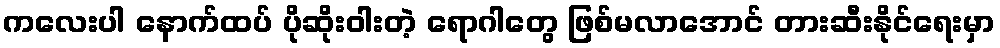
ကလေးပါ နောက်ထပ် ပိုဆိုးဝါးတဲ့ ရောဂါတွေ ဖြစ်မလာအောင် တားဆီးနိုင်ရေးမှာ